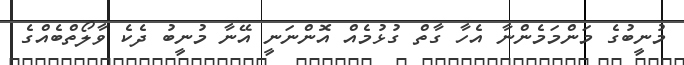
މުނީބުގެ މަންމަމެންނާ އެހާ ގާތް ގުޅުމެއް އޮންނަނީ އޭނާ މުނީބު ދެކެ ވާލޯތްބެއްގެ